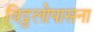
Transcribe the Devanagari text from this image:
विट्ठलोपासना